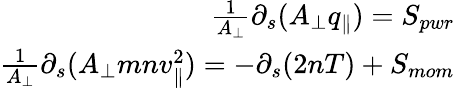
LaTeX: \begin{array}{r}{\frac{1}{A_{\perp}}\partial_{s}(A_{\perp}q_{\parallel})=S_{pwr}}\\ {\frac{1}{A_{\perp}}\partial_{s}(A_{\perp}mnv_{\parallel}^{2})=-\partial_{s}(2nT)+S_{mom}}\end{array}